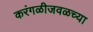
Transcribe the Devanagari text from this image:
करंगळीजवळच्या